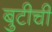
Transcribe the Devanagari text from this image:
बुटीची